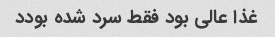
غذا عالی بود فقط سرد شده بودد